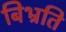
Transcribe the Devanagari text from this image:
बिभ्रति